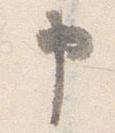
申